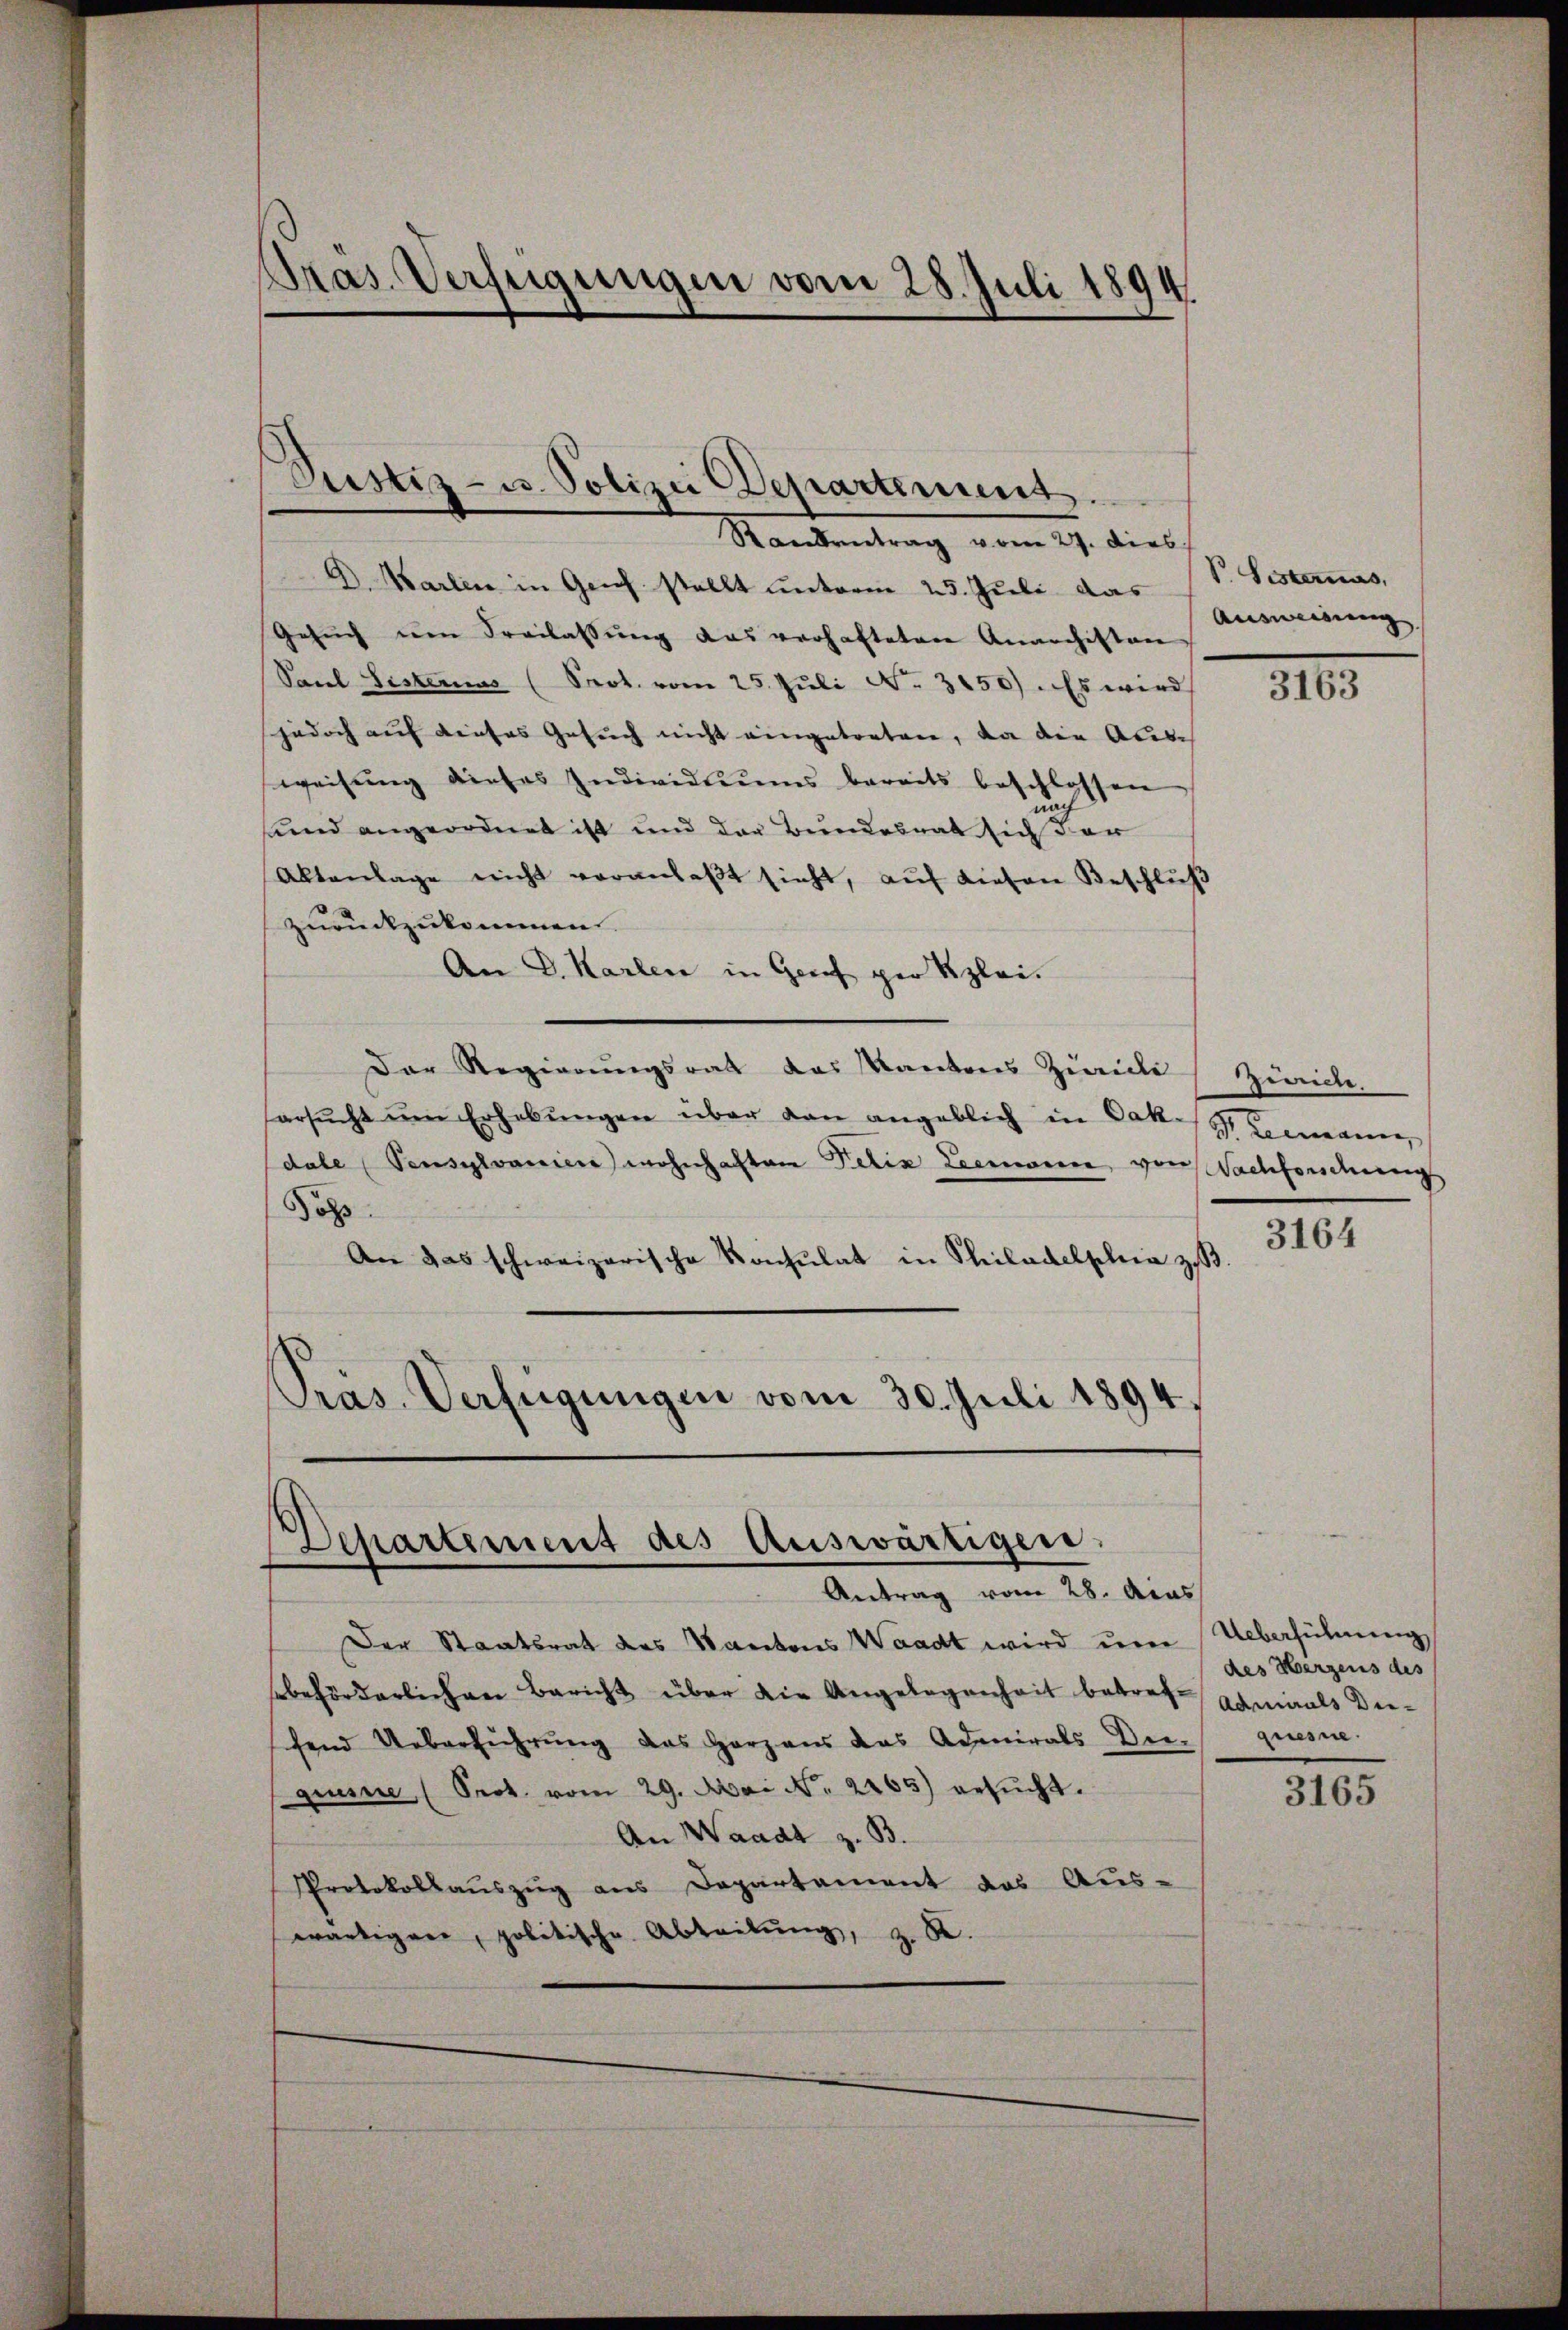
Pras. Verfügungen vom 28. Juli 1894.

Pustiz- u. Polizei Departement.

Randantrag vom 27. dies
D. Karten in Geich stellt unterm 25. Juli das V. Listernas,
Gesŭch ŭm Freilassŭng des verhafteten Anarchisten
Paul Sisterius (Prot. vom 25. Jŭli No. 3150). Es wird
jedoch auf dieses Gesuch nicht eingetreten, da die Aus
weisŭng dieses Individiŭms bereits beschlossen
unnd angeordnet ist und der Bundesrat sich der
Aktenlage nicht veranlaβt sieht, aŭf diesen Beschluß
zurückzukommen.
An D. Karten in Grief per Klei¬
Der Regierungsrat des Kantons Zürich Zürich.
arsŭcht ŭm Erhebŭngen über dan angeblich in Cak-
dale Pensylvanien wohnhaften Felix Leemann, von Nachfordung
Pos
An das schweizerische Konsulat in Philadelphia zu
Präs. Verfügungen vom 30. Juli 1894

Departement des Auswärtigen.
Antrag vom 28. Acas

Ausweisung

Der Staatsrat des Kantons Waadt wird um Ueberführung
beförderlichen Bericht über die Angelegenheit betrete Lamials Deischend Ueberführung des Herzens das Admirals Der quesne
gisse (Prot. vom 29. Nori No. 2265) besŭcht.
An Waadt z. B.
Protokollauszug aus Departement das Aus-
wärtigen, politische Abteilŭng, z. B.

316

Leemann,

3164

des Herzens des

3165